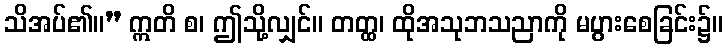
သိအပ်၏။” ဣတိ စ၊ ဤသို့လျှင်။ တတ္ထ၊ ထိုအသုဘသညာကို မပွားစေခြင်း၌။